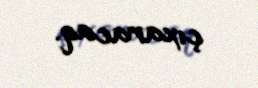
çıxaracaq.